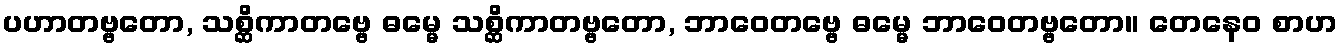
ပဟာတဗ္ဗတော, သစ္ဆိကာတဗ္ဗေ ဓမ္မေ သစ္ဆိကာတဗ္ဗတော, ဘာဝေတဗ္ဗေ ဓမ္မေ ဘာဝေတဗ္ဗတော။ တေနေဝ စာဟ